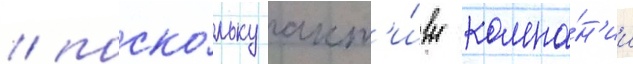
/ поско́льку акт'и́вы компа́н'ии